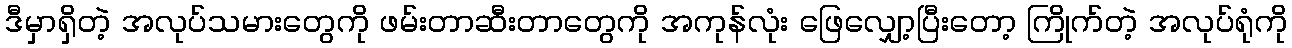
ဒီမှာရှိတဲ့ အလုပ်သမားတွေကို ဖမ်းတာဆီးတာတွေကို အကုန်လုံး ဖြေလျှော့ပြီးတော့ ကြိုက်တဲ့ အလုပ်ရုံကို